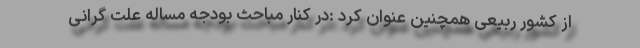
از کشور ربیعی همچنین عنوان کرد :در کنار مباحث بودجه مساله علت گرانی